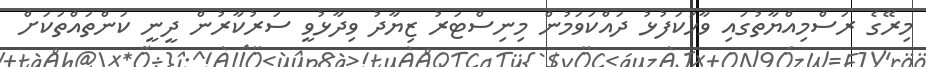
މިރޭގެ ރަސްމިއްޔާތުގައި ވާހަކަފުޅު ދައްކަވަމުން މިނިސްޓަރު ޒިޔާދު ވިދާޅުވީ ސަރުކާރުން ދީނީ ކަންތައްތަކަށް